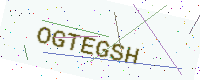
Text: OGTEGSH